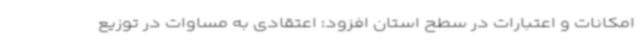
امکانات و اعتبارات در سطح استان افزود: اعتقادی به مساوات در توزیع